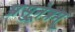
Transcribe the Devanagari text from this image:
भ्रूसुनेत्रम्